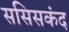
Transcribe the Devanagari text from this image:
ससिसकंद